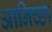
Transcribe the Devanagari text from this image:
आनिच्छा